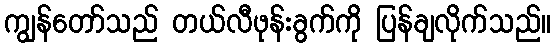
ကျွန်တော်သည် တယ်လီဖုန်းခွက်ကို ပြန်ချလိုက်သည်။